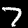
Label: 7